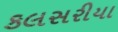
કલસરીયા